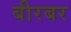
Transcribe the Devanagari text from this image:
बीरबर